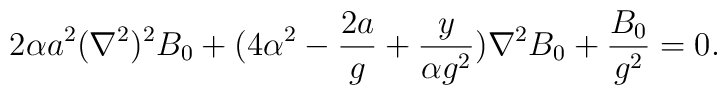
2\alpha a^2(\nabla^2)^2B_0+(4\alpha^2-{{2a}\over g}+{y\over{\alpha g^2}})\nabla^2 B_0+{{B_0}\over {g^2}}=0.